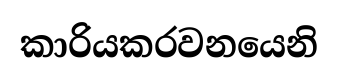
කාරියකරවනයෙනි